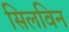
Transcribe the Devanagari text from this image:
सिलविन